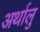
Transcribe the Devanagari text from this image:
अर्थालु